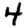
Digit: 4